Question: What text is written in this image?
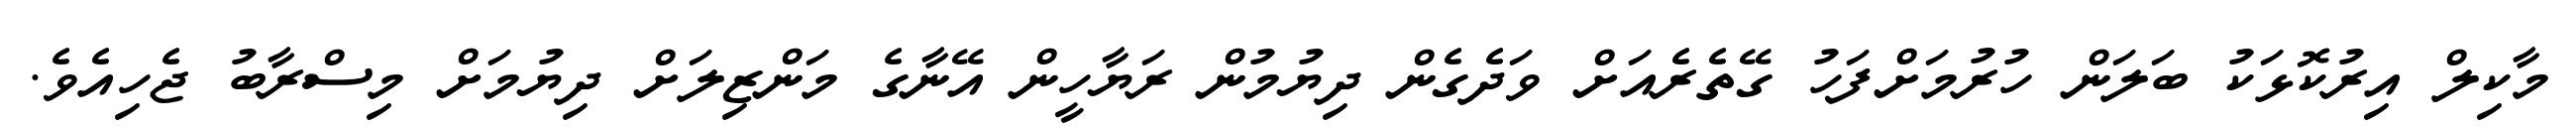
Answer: މާކިލް އިރުކޮޅަކު ބަލަން ހުރުމަށްފަހު ގޭތެރެއަށް ވަދެގެން ދިޔުމުން ރަޔާހީން އޭނާގެ މަންޒިލަށް ދިޔުމަށް މިސްރާބު ޖެހިއެވެ.